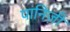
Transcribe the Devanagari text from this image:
पानिज़ी